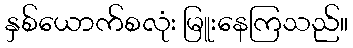
နှစ်ယောက်စလုံး မြူးနေကြသည်။